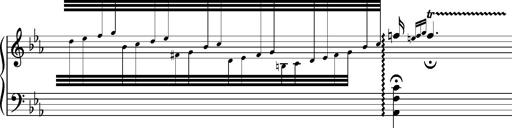
Title: Magyar rapszÃ³diÃ¡k
Composer: Franz Liszt